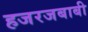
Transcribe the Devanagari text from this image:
हजरजबाबी